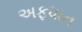
અફધાન